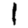
Digit: 1